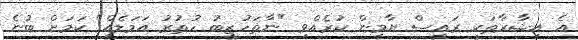
އެ އިޝާރާތަކީ ރައީސް ޔާމީން ކުރެއްވި "ނާތަހުޒީބު ހުތުރު އަމަލެއް" ކަމަށް ބުނެ